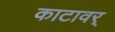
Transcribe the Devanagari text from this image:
काटावर्